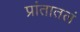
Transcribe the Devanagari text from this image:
प्रांतातलं